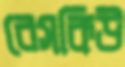
রেসকিউ